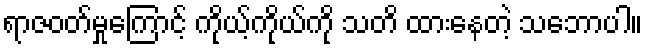
ရာဇဝတ်မှုကြောင့် ကိုယ့်ကိုယ်ကို သတိ ထားနေတဲ့ သဘောပါ။